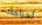
اخراجك